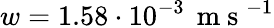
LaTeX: w=1.58\cdot 10^{-3}\, \mathrm{~m~s~}^{-1}